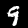
Label: 9